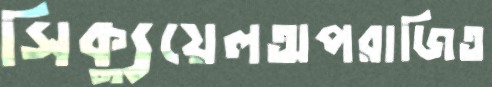
সিক্যুয়েলঅপরাজিত